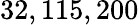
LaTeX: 32,115,200